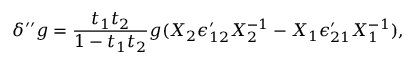
\delta ^ { \prime \prime } g = { \frac { t _ { 1 } t _ { 2 } } { 1 - t _ { 1 } t _ { 2 } } } g ( X _ { 2 } \epsilon _ { 1 2 } ^ { \prime } X _ { 2 } ^ { - 1 } - X _ { 1 } \epsilon _ { 2 1 } ^ { \prime } X _ { 1 } ^ { - 1 } ) ,